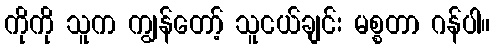
ကိုကို သူက ကျွန်တော့် သူငယ်ချင်း မစ္စတာ ဂန်ပါ။